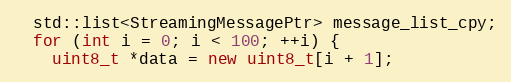
Language: C++
  std::list<StreamingMessagePtr> message_list_cpy;
  for (int i = 0; i < 100; ++i) {
    uint8_t *data = new uint8_t[i + 1];